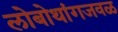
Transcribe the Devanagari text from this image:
लोबोथांगजवळ